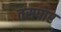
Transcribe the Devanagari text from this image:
तसपार